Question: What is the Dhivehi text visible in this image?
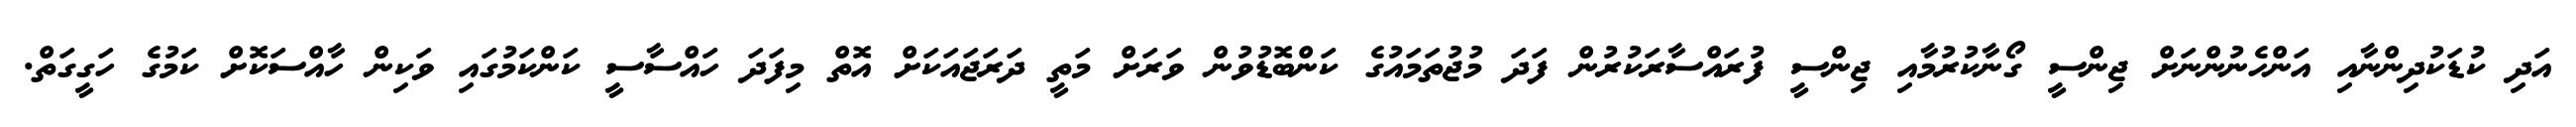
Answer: އަދި ކުޑަކުދިންނާއި އަންހެނުންނަށް ޖިންސީ ގޯނާކުރުމާއި ޖިންސީ ފުރައްސާރަކުރުން ފަދަ މުޖުތަމައުގެ ކަންބޮޑުވުން ވަރަށް މަތީ ދަރަޖައަކަށް އޮތް މިފަދަ ހައްސާސީ ކަންކަމުގައި ވަކިން ހާއްސަކޮށް ކަމުގެ ހަގީގަތް.